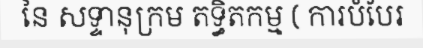
នៃ សទ្ទានុក្រម តទ្ធិតកម្ម ( ការបំបែរ